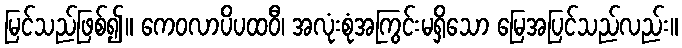
မြင်သည်ဖြစ်၍။ ကေဝလာပိပထဝီ၊ အလုံးစုံအကြွင်းမရှိသော မြေအပြင်သည်လည်း။